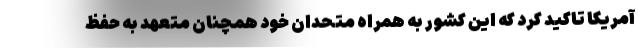
آمریکا تاکید کرد که این کشور به همراه متحدان خود همچنان متعهد به حفظ